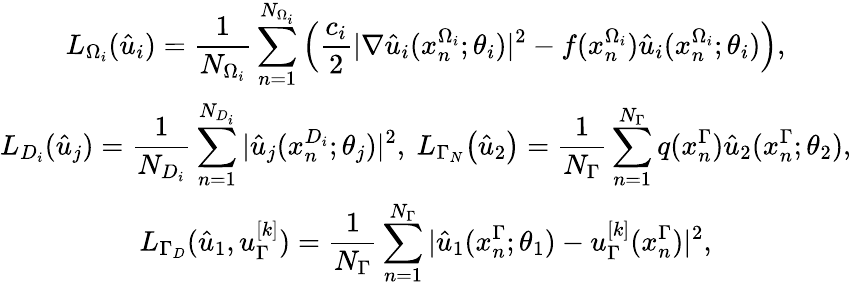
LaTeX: \begin{array}{c}{\displaystyle L_{\Omega_{i}}(\hat{u}_{i})=\frac{1}{N_{\Omega_{i}}}\sum_{n=1}^{N_{\Omega_{i}}}\left(\frac{c_{i}}{2}|\nabla\hat{u}_{i}(x_{n}^{\Omega_{i}};\theta_{i})|^{2}-f(x_{n}^{\Omega_{i}})\hat{u}_{i}(x_{n}^{\Omega_{i}};\theta_{i})\right),}\\ {\displaystyle L_{D_{i}}(\hat{u}_{j})=\frac{1}{N_{D_{i}}}\sum_{n=1}^{N_{D_{i}}}|\hat{u}_{j}(x_{n}^{D_{i}};\theta_{j})|^{2},\ L_{\Gamma_{N}}\big(\hat{u}_{2}\big)=\frac{1}{N_{\Gamma}}\sum_{n=1}^{N_{\Gamma}}q(x_{n}^{\Gamma})\hat{u}_{2}(x_{n}^{\Gamma};\theta_{2}),}\\ {\displaystyle L_{\Gamma_{D}}(\hat{u}_{1},u_{\Gamma}^{[k]})=\frac{1}{N_{\Gamma}}\sum_{n=1}^{N_{\Gamma}}|\hat{u}_{1}(x_{n}^{\Gamma};\theta_{1})-u_{\Gamma}^{[k]}(x_{n}^{\Gamma})|^{2},}\end{array}